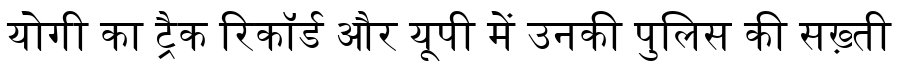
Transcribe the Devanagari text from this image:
योगी का ट्रैक रिकॉर्ड और यूपी में उनकी पुलिस की सख़्ती